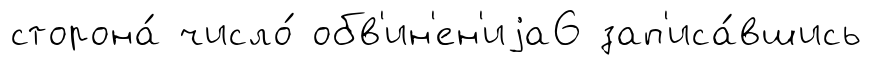
сторона́ число́ обв'ин'ен'иjа6 зап'иса́вшись